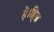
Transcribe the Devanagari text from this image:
है।हिज्र